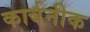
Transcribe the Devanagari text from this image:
कार्बनीक